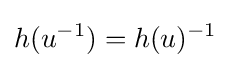
h(u^{-1})=h(u)^{-1}